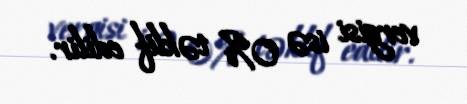
vergisi isə 0% təklif edilir.